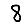
Digit: 8